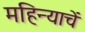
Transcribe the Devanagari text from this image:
महिन्याचें